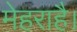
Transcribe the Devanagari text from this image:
मेहराहै।